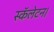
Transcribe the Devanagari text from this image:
स्कॅलेटन।